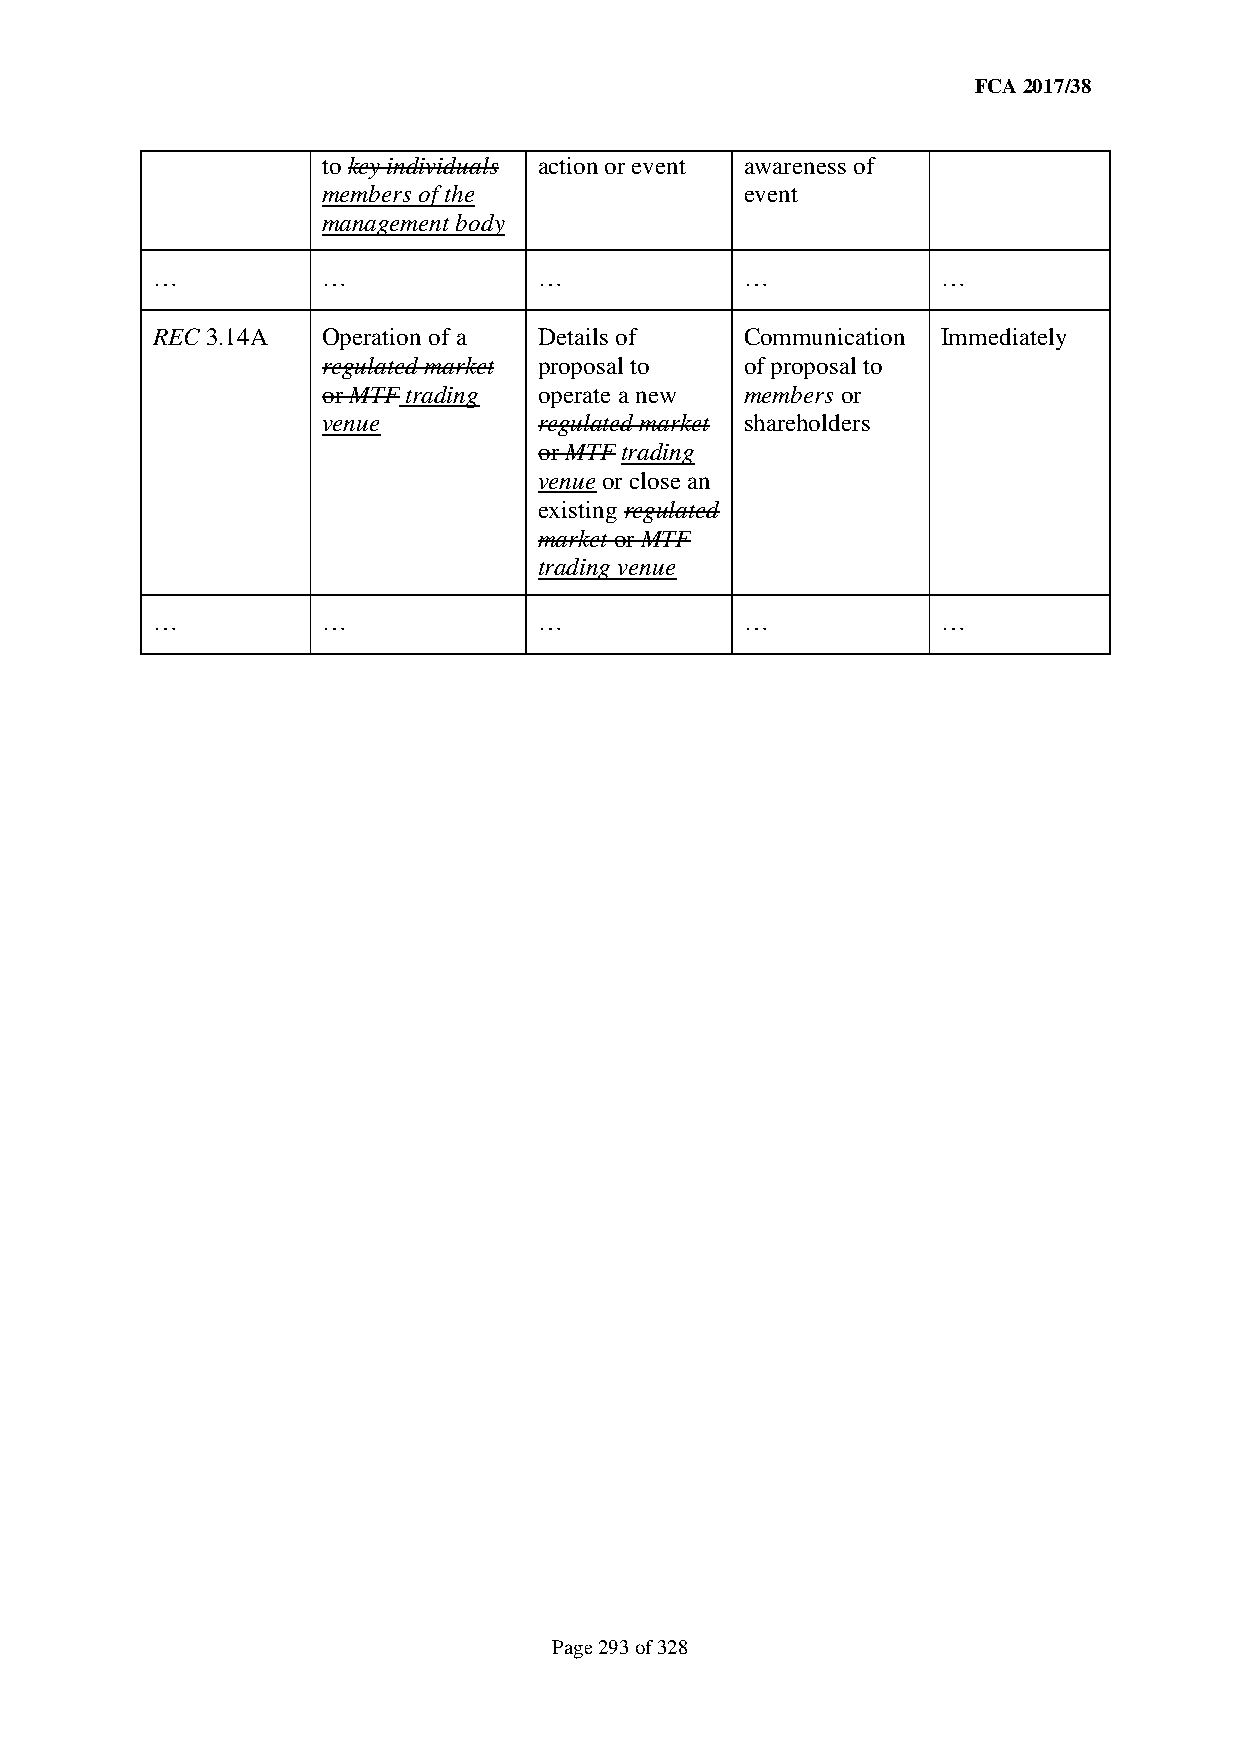
FCA 2017/38
 to key individuals action or event awareness of
 members of the              event
 management body
 …          …              …            …            …
 REC 3.14A  Operation of a Details of   Communication Immediately
 regulated market proposal to of proposal to
 or MTF trading operate a new members or
 venue          regulated market shareholders
 or MTF trading
 venue or close an
 existing regulated
 market or MTF
 trading venue
 …          …              …            …            …
 Page 293 of 328